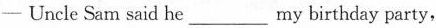
—Uncle Sam said he___my birthday party，